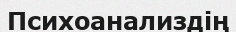
Психоанализдің